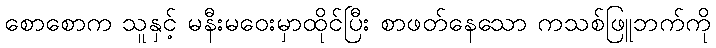
စောစောက သူနှင့် မနီးမဝေးမှာထိုင်ပြီး စာဖတ်နေသော ကသစ်ဖြူဘက်ကို